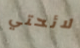
لائحتي